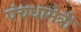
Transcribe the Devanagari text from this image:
पंचधामेत्री